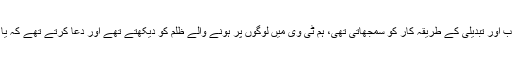
قائد انقلاب کے آئینی و قانونی انقلاب اور تبدیلی کے طریقہ کار کو سمجھاتی تھی، ہم ٹی وی میں لوگوں پر ہونے والے ظلم کو دیکھتے تھے اور دعا کرتے تھے کہ یا اللہ اس ملک کی تقدیر کو بدل دے۔